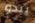
يبدو